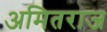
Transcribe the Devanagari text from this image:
अमितराज